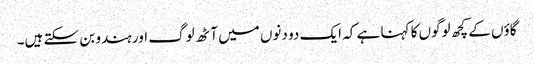
گاؤں کے کچھ لوگوں کا کہنا ہے کہ ایک دو دنوں میں آٹھ لوگ اور ہندو بن سکتے ہیں۔